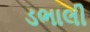
ડભાલી